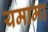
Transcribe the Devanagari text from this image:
यमामा